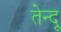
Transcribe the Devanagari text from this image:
तेन्दू